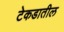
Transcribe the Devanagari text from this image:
टेकडातील